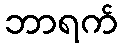
ဘာရက်